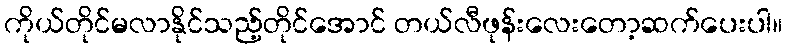
ကိုယ်တိုင်မလာနိုင်သည့်တိုင်အောင် တယ်လီဖုန်းလေးတော့ဆက်ပေးပါ။